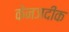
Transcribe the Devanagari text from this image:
केनजदीक